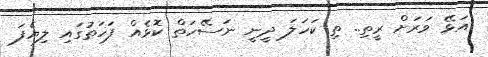
އަޅޭ ވަރަށް ރީތި.. ތި ކަހަލަ ދީނީ ނަސޭހަތް ކޮޅެއް ފަހަތުގައި ލިޔެފަ